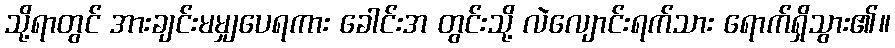
သို့ရာတွင် အားချင်းမမျှပေရကား ခေါင်းအ တွင်းသို့ လဲလျောင်းရက်သား ရောက်ရှိသွား၏။